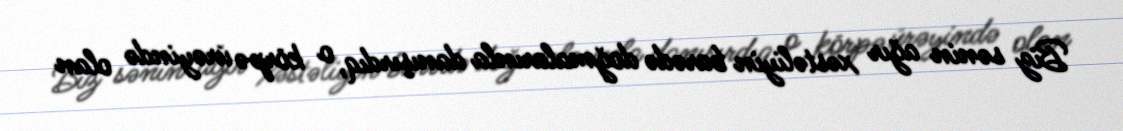
Biz sənin ağır xəstəliyin barədə doğmalarınla danışırdıq, o körpə ürəyində olan